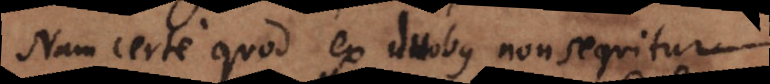
Nam certe quod ex duobus non sequitur